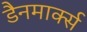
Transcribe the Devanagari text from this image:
डैनमार्क्स